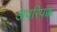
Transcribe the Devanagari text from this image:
अपरिपक्क